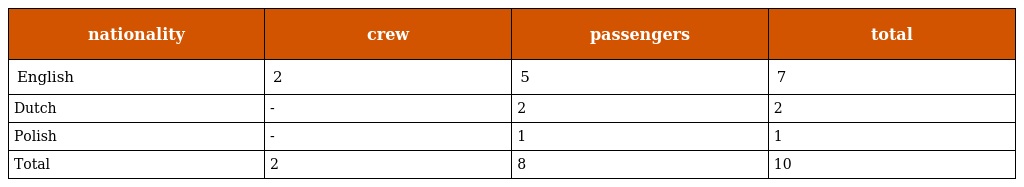
| nationality | crew | passengers | total |
 | --- | --- | --- | --- |
 | English | 2 | 5 | 7 |
 | Dutch | - | 2 | 2 |
 | Polish | - | 1 | 1 |
 | Total | 2 | 8 | 10 |